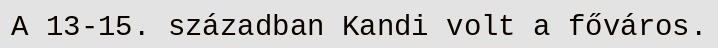
A 13-15. században Kandi volt a főváros.